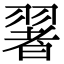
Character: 𦑥